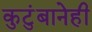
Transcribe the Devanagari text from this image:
कुटुंबानेही